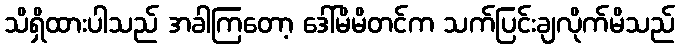
သိရှိထားပါသည် အခါကြတော့ ဒေါ်မိမိတင်က သက်ပြင်းချလိုက်မိသည်